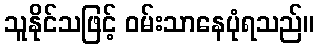
သူနိုင်သဖြင့် ဝမ်းသာနေပုံရသည်။